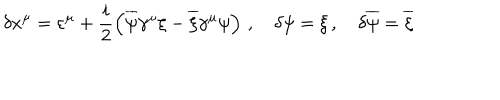
\delta x ^ { \mu } = \varepsilon ^ { \mu } + \frac { i } { 2 } \left( \overline { { { \psi } } } \gamma ^ { \mu } \xi - \overline { { { \xi } } } \gamma ^ { \mu } \psi \right) \, , \quad \delta \psi = \xi \, , \quad \delta \overline { { { \psi } } } = \overline { { { \xi } } }